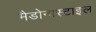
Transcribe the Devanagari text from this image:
मैडोनास्टाइल